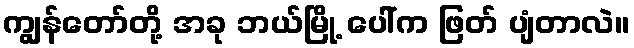
ကျွန်တော်တို့ အခု ဘယ်မြို့ ပေါ်က ဖြတ် ပျံတာလဲ။